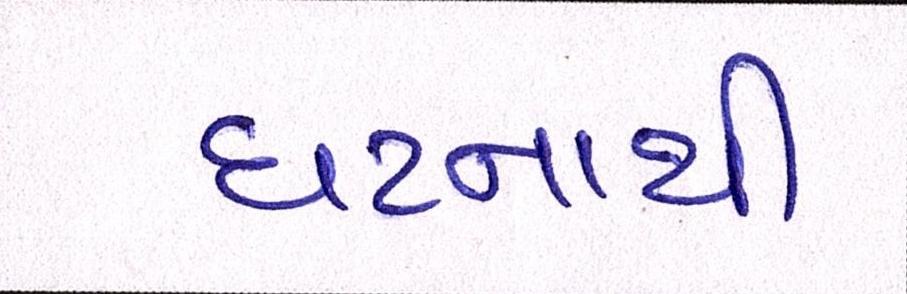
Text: ઘટનાથી